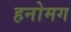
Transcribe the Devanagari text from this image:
हनोमग